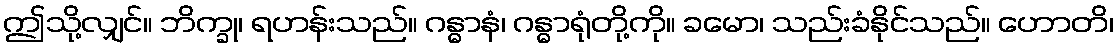
ဤသို့လျှင်။ ဘိက္ခု၊ ရဟန်းသည်။ ဂန္ဓာနံ၊ ဂန္ဓာရုံတို့ကို။ ခမော၊ သည်းခံနိုင်သည်။ ဟောတိ၊